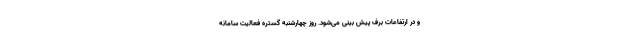
و در ارتفاعات برف پیش بینی می‌شود. روز چهارشنبه گستره فعالیت سامانه